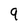
Character: 9